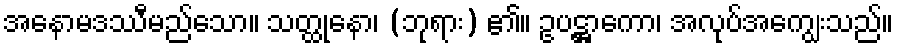
အနောမဒဿီမည်သော။ သတ္ထုနော၊ (ဘုရား) ၏။ ဥပဋ္ဌာကော၊ အလုပ်အကျွေးသည်။